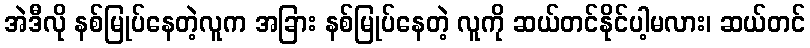
အဲဒီလို နစ်မြုပ်နေတဲ့လူက အခြား နစ်မြုပ်နေတဲ့ လူကို ဆယ်တင်နိုင်ပါ့မလား၊ ဆယ်တင်